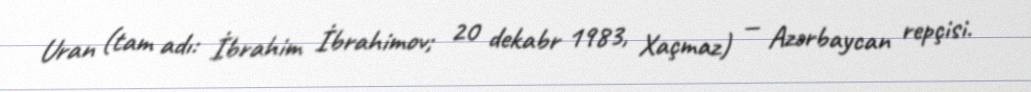
Uran (tam adı: İbrahim İbrahimov; 20 dekabr 1983, Xaçmaz) — Azərbaycan repçisi.